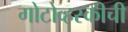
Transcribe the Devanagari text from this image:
गोटोव्हस्कीची